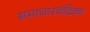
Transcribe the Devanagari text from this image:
समाचारचंद्रिका